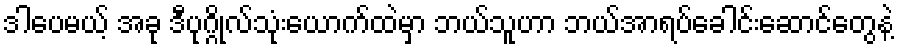
ဒါပေမယ့် အခု ဒီပုဂ္ဂိုလ်သုံးယောက်ထဲမှာ ဘယ်သူဟာ ဘယ်အာရပ်ခေါင်းဆောင်တွေနဲ့